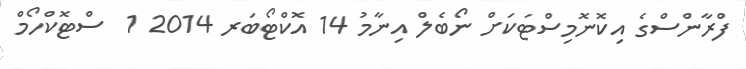
ފްރާންސްގެ އިކޮނޮމިސްޓަކަށް ނޯބެލް އިނާމު 14 އޮކްޓޯބަރ 2014 1  ސްޓޮކްހޯމް